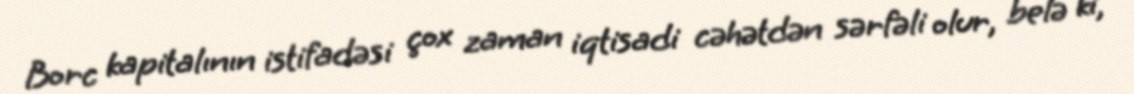
Borc kapitalının istifadəsi çox zaman iqtisadi cəhətdən sərfəli olur, belə ki,